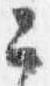
公